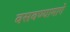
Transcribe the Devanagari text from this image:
वसवण्यामागे